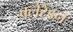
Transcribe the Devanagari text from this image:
क्लेरैंडन